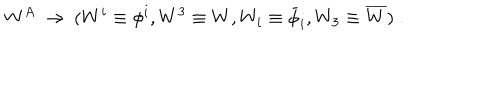
W ^ { A } \ \rightarrow \ ( W ^ { i } \equiv \phi ^ { i } , W ^ { 3 } \equiv W , W _ { i } \equiv \bar { \phi } _ { i } , W _ { 3 } \equiv \overline { { W } } ) \; .